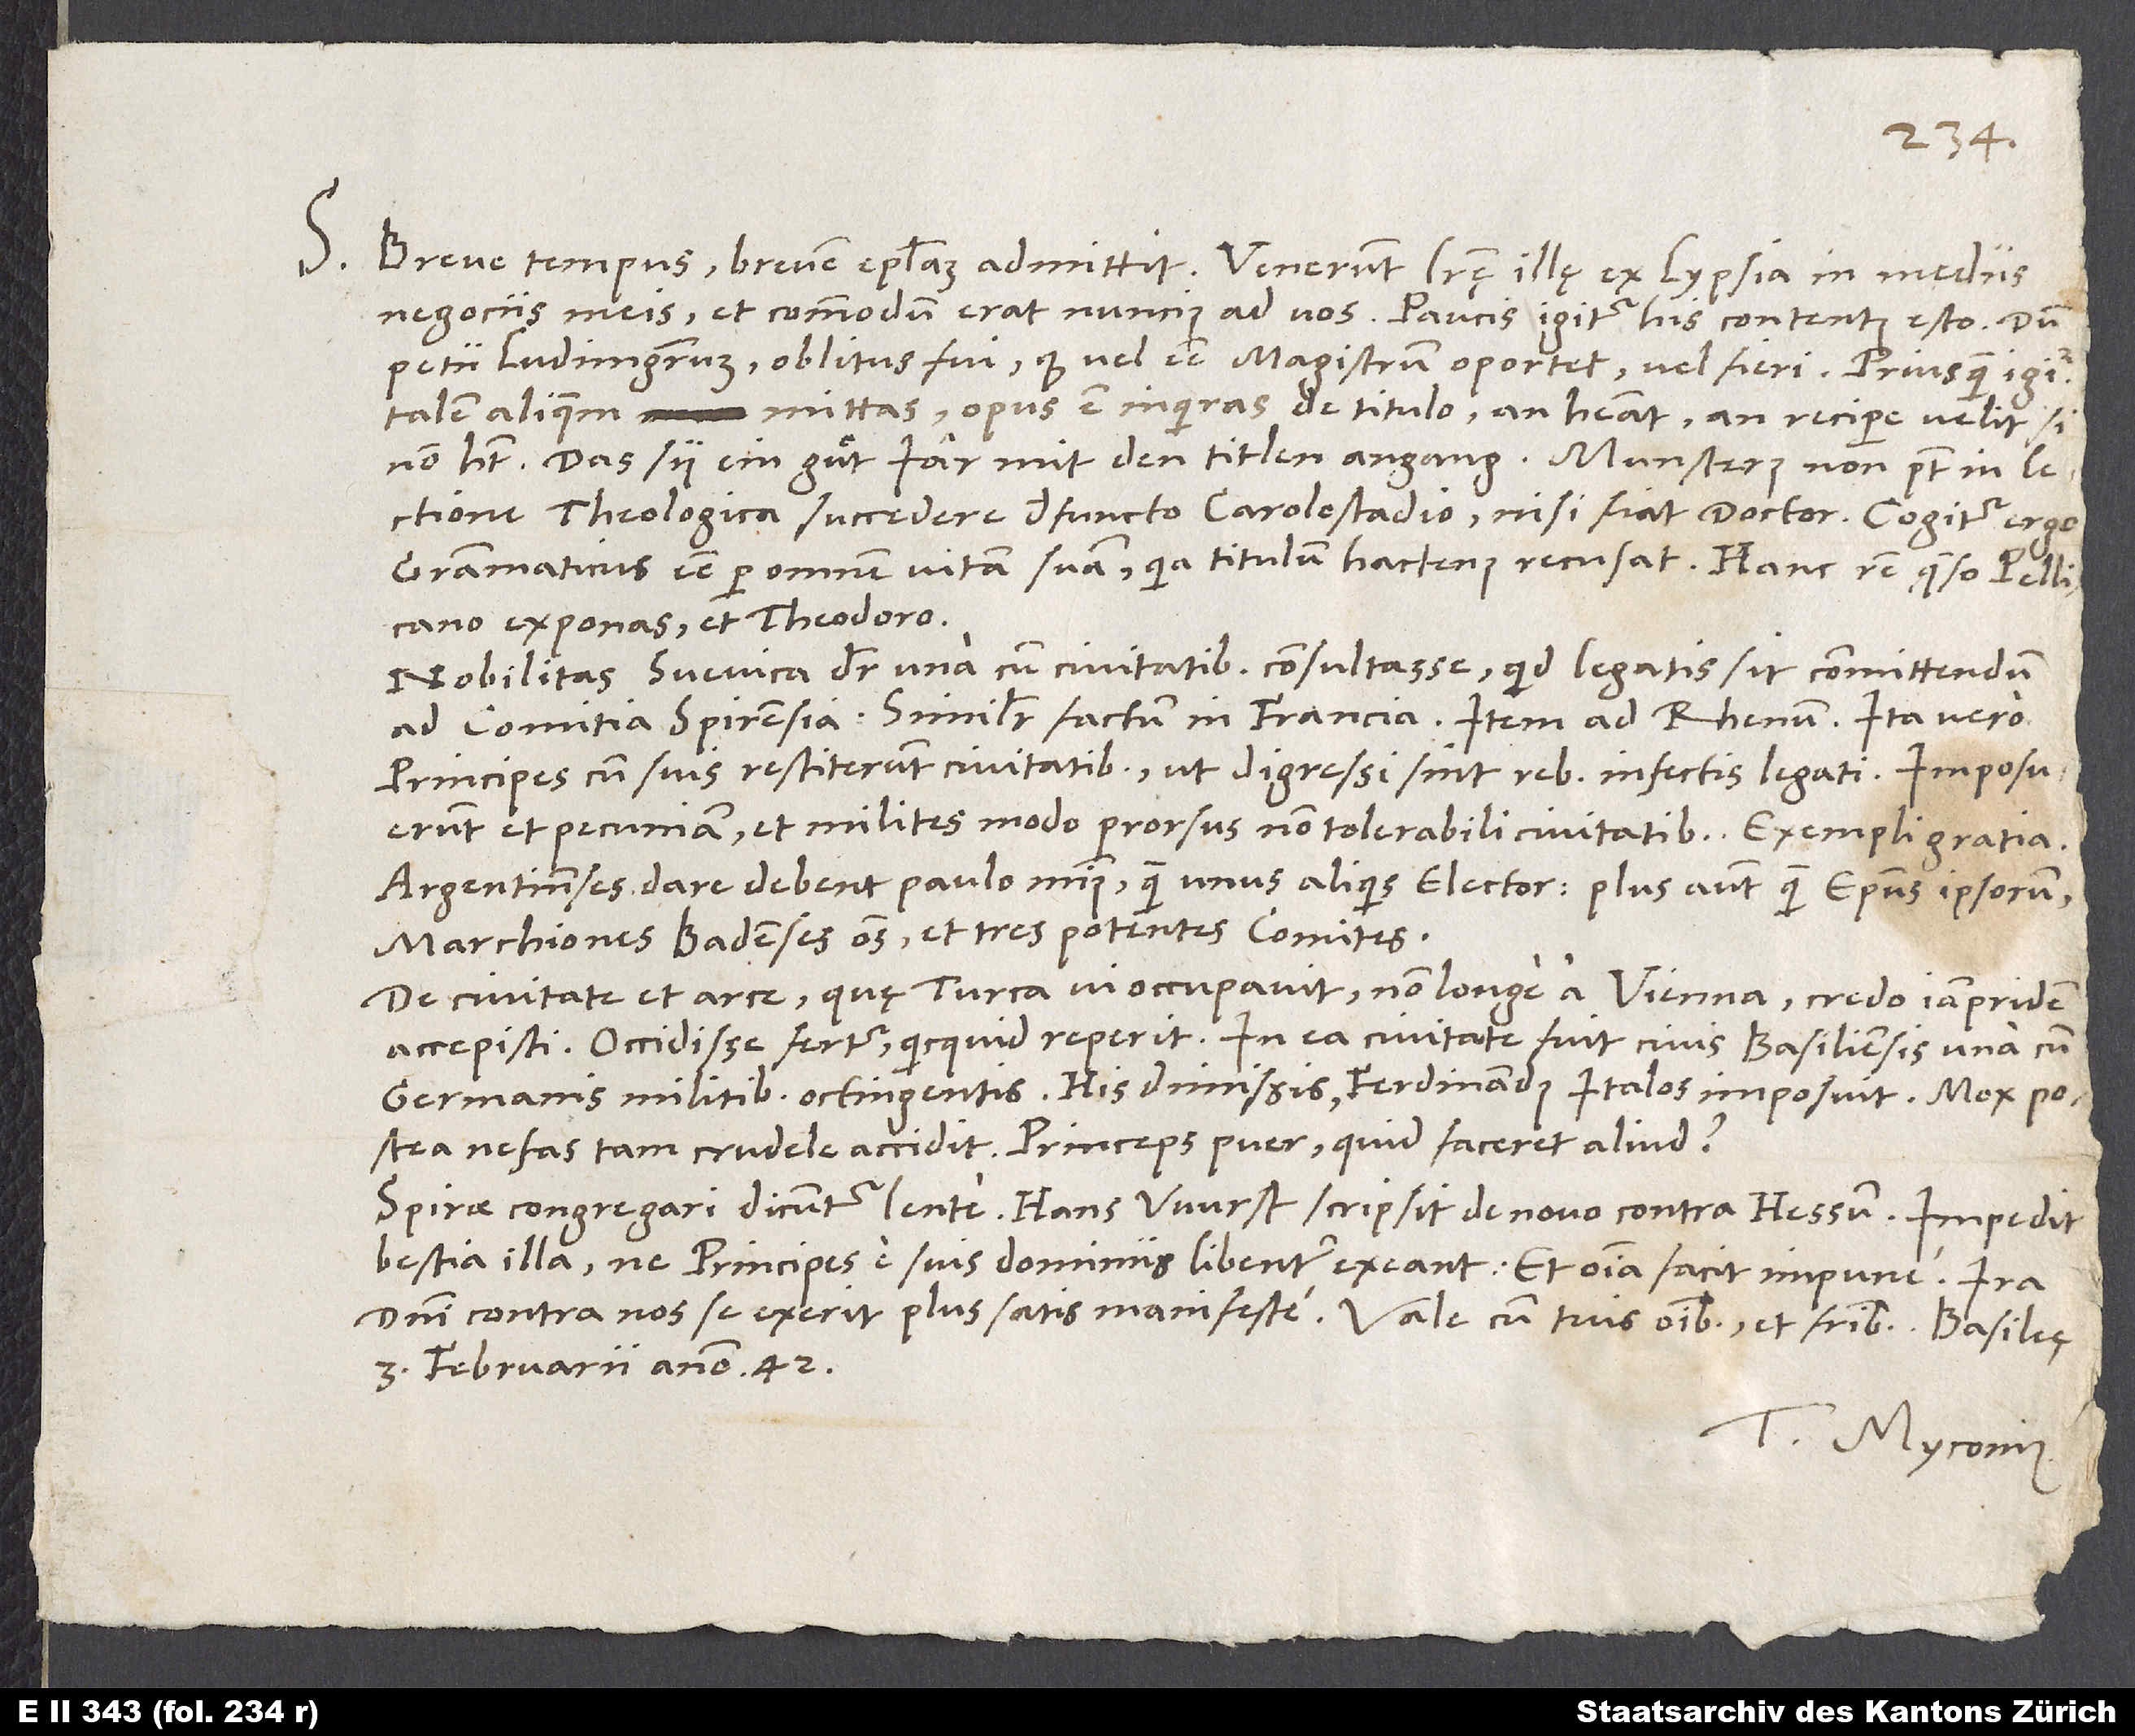
S. Breve tempus brevem epistolam admittit. Venerunt literę illę ex Lypsia in mediis
negociis meis, et commodum erat nuncius ad vos. Paucis igitur his contentus esto.
petii ludimagistrum, oblitus fui, quod vel esse magistrum oportet vel fieri. Priusquam igitur
talem aliquem mittas, opus est inquiras de titulo, an habeat, an recipere velit,
non habet. Das sy ein guͦt jar mit den titlen angang! Munsterus non potest in lectione
theologica succedere defuncto Carolostadio, nisi fiat doctor. Cogitur ergo
grammaticus esse per omnem vitam suam, quia titulum hactenus recusat. Hanc rem, quęso, Pellicano
exponas et Theodoro.
Nobilitas Svevica dicitur una cum civitatibus consultasse, quid legatis sit committendum
ad comitia Spirensia. Similiter factum in Francia, item ad Rhenum. Ita vero
principes cum suis restiterunt civitatibus, ut digressi sint rebus infectis legati. Imposuerunt
et pecuniam et milites modo prorsus non tolerabili civitatibus. Exempli gratia
Argentinenses dare debent paulo minus quam unus aliquis elector, plus autem quam episcopus ipsorum,
marchiones Badenses omnes et tres potentes comites.
De civitate et arce, quę Turca vi occupavit non longe a Vienna, credo iampridem
accepisti. Occidisse fertur, quicquid reperit. In ea civitate fuit civis Basiliensis una cum
Germanis militibus octingentis. His dimissis Ferdinandus Italos imposuit. Mox postea
nefas tam crudele accidit. Princeps puer, quid faceret aliud?
Spirae congregari dicuntur lente. Hans Wurst scripsit de novo contra Hessum. Impedit
bestia illa, ne principes e suis dominiis libenter exeant. Et omnia facit impune. Ira
3. februarii anno 42.
Tuus Myconius.